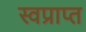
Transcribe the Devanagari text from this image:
स्वप्राप्त